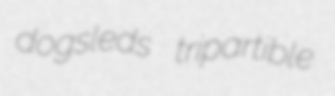
dogsleds tripartible